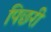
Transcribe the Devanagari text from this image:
पिछरी